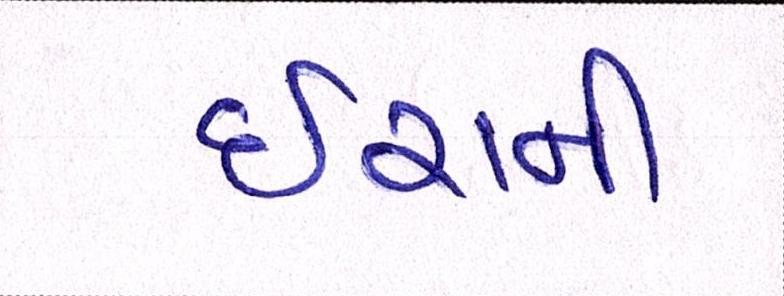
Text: ઇરાની